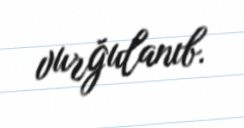
vurğulanıb.